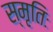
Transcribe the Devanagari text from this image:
स्मृतिः